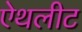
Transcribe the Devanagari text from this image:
ऐथलीट